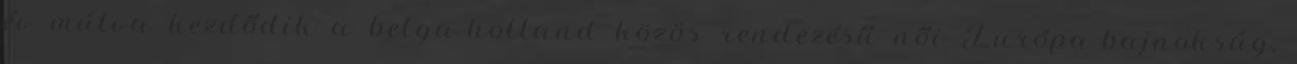
év múlva kezdődik a belga-holland közös rendezésű női Európa-bajnokság,